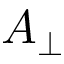
A _ { \perp }